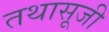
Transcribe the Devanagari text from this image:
तथासूजी